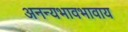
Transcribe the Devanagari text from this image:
अनन्यभावभावाय